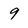
Character: 9